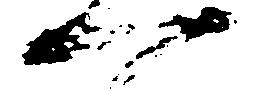
一